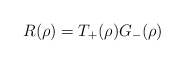
\begin{align*}R(\rho)=T_{+}(\rho)G_{-}(\rho) \end{align*}